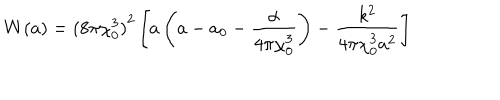
LaTeX: W ( a ) = { ( 8 \pi \chi _ { 0 } ^ { 3 } ) } ^ { 2 } \left[ a \left( a - a _ { 0 } - \frac { \alpha } { 4 \pi \chi _ { 0 } ^ { 3 } } \right) - \frac { k ^ { 2 } } { 4 \pi \chi _ { 0 } ^ { 3 } a ^ { 2 } } \right]